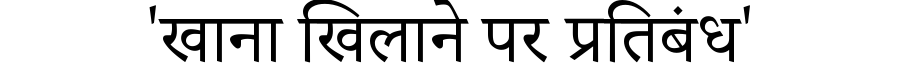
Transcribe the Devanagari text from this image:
'खाना खिलाने पर प्रतिबंध'